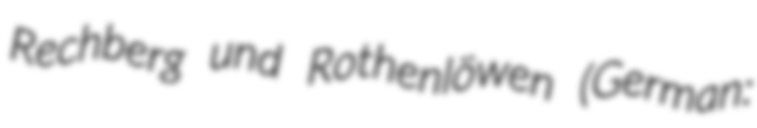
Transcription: Rechberg und Rothenlöwen (German: